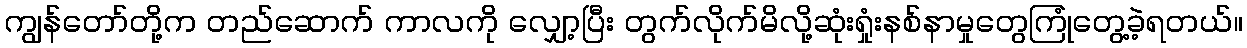
ကျွန်တော်တို့က တည်ဆောက် ကာလကို လျှော့ပြီး တွက်လိုက်မိလို့ဆုံးရှုံးနစ်နာမှုတွေကြုံတွေ့ခဲ့ရတယ်။